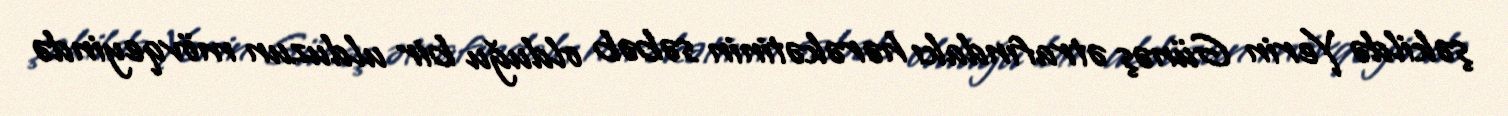
şəkildə Yerin Günəş ətrafındakı hərəkətinin səbəb olduğu bir ulduzun mövqeyində